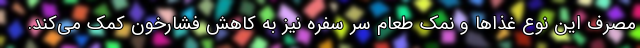
مصرف این نوع غذاها و نمک طعام سر سفره نیز به کاهش فشارخون کمک می‌کند.